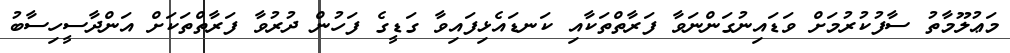
މަޢުލޫމާތު ސާފުކުރުމަށް ވަޑައިނުގަންނަވާ ފަރާތްތަކާއި ކަނޑައެޅިފައިވާ ގަޑީގެ ފަހުން ދުރުވާ ފަރާތްތަކަށް އަންދާސީހިސާބު